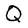
Character: Q